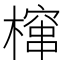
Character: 𮲻